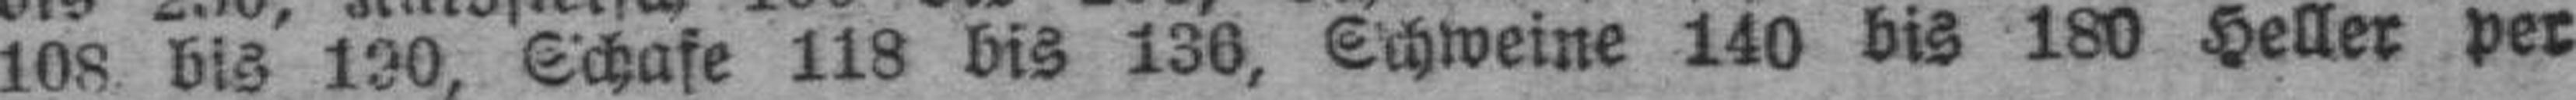
108 bis 190 Schafe 118 bis 136, Schweine 140 bis 180 Heller per